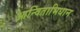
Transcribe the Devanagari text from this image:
आन्विताभिधान